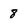
Character: 8